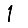
Digit: 1